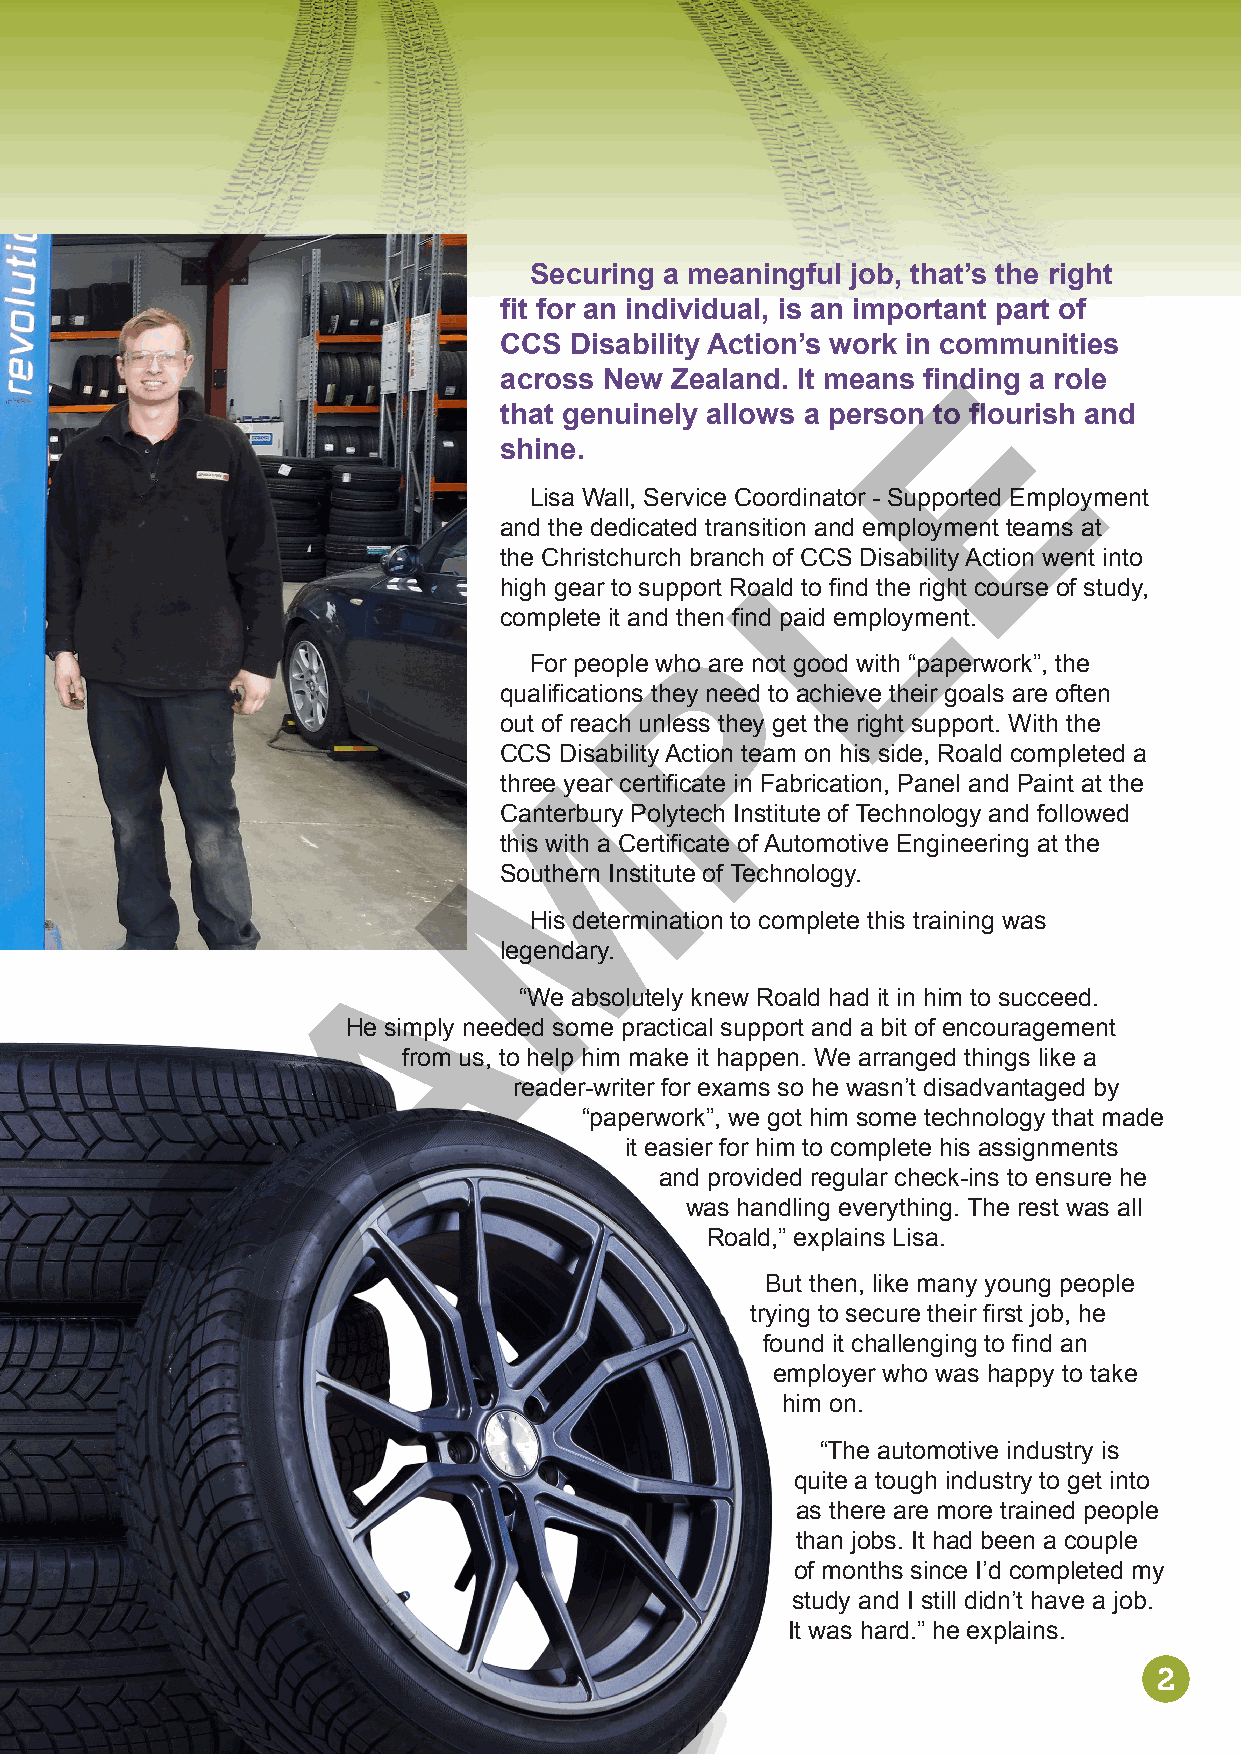
Securing a meaningful job, that’s the right
 fit for an individual, is an important part of
 CCS  Disability Action’s work in communities
 E
 across New Zealand. It means finding a role
 that genuinely allows a person to flourish and
 shine.
 Lisa Wall, Service CoordinLator - Supported Employment
 and the dedicated transition and employment teams at
 the Christchurch branch of CCS Disability Action went into
 high gear to support Roald to find the right course of study,
 complete it and then find paid employment.
 P
 For people who are not good with “paperwork”, the
 qualifications they need to achieve their goals are often
 out of reach unless they get the right support. With the
 CCS Disability Action team on his side, Roald completed a
 M
 three year certificate in Fabrication, Panel and Paint at the
 Canterbury Polytech Institute of Technology and followed
 this with a Certificate of Automotive Engineering at the
 Southern Institute of Technology.
 His determination to complete this training was
 A
 legendary.
 “We absolutely knew Roald had it in him to succeed.
 He simply needed some practical support and a bit of encouragement
 from us, to help him make it happen. We arranged things like a
 S                 reader-writer for exams so he wasn’t disadvantaged by
 “paperwork”, we got him some technology that made
 it easier for him to complete his assignments
 and provided regular check-ins to ensure he
 was handling everything. The rest was all
 Roald,” explains Lisa.
 But then, like many young people
 trying to secure their first job, he
 found it challenging to find an
 employer who was happy to take
 him on.
 “The automotive industry is
 quite a tough industry to get into
 as there are more trained people
 than jobs. It had been a couple
 of months since I’d completed my
 study and I still didn’t have a job.
 It was hard.” he explains.
 2